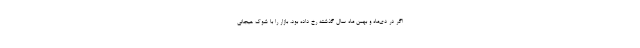
اگر در دی‌ماه و بهمن ماه سال گذشته رخ داده بود، بازار را با شوک هیجانی